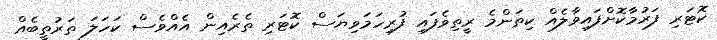
ކޮޓަރި ފަރުމާކޮށްފައިވާލެއް ކިތަންމެ ރީތިވެފައި ފުރިހަމަވިޔަސް ކޮޓަރި ތެރެއިން އެއްވެސް ކަހަލަ ތަރުތީބެއް